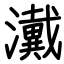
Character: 瀻